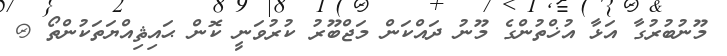
މޫނުބުރުގާ އަޅާ އުޚްތުންގެ މޫނު ދައްކަން މަޖްބޫރު ކުރުވަނީ ކޮން ޙައިޘިއްޔަތަކުންތޯ @